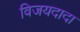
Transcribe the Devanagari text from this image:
विजयदादा